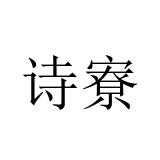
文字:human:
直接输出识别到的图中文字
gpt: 诗寮